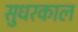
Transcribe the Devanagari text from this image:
सुधरकाल